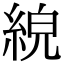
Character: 𦀸